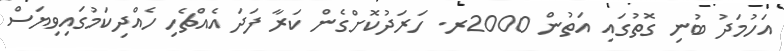
އަހުމަދު ބުނި ގޮތުގައި އަތުން 2000ރ. ހަރަދުކޮށްގެން ކަރާ ފަދަ އެއްޗެހި ހެއްދިކަމުގައިވިޔަސް